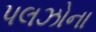
પલઝોના